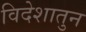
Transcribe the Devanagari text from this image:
विदेशातुन